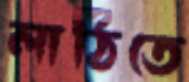
লাঠিতে